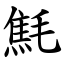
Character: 㲬